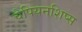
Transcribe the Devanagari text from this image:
चैपियनशिप्स